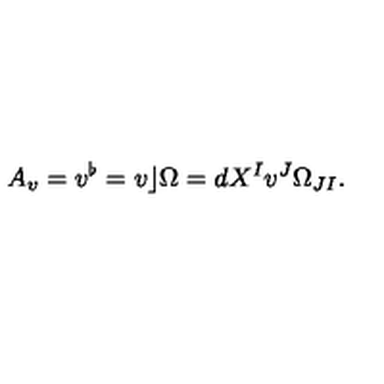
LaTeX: A _ { v } = v ^ { \flat } = v \rfloor \Omega = d X ^ { I } v ^ { J } \Omega _ { J I } .